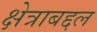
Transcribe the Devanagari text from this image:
क्षेत्राबद्दल